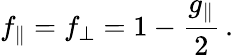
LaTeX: f_{\parallel}=f_{\perp}=1-\frac{g_{\parallel}}{2}\, .